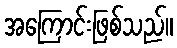
အကြောင်းဖြစ်သည်။